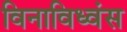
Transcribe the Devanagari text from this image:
विनाविध्वंस